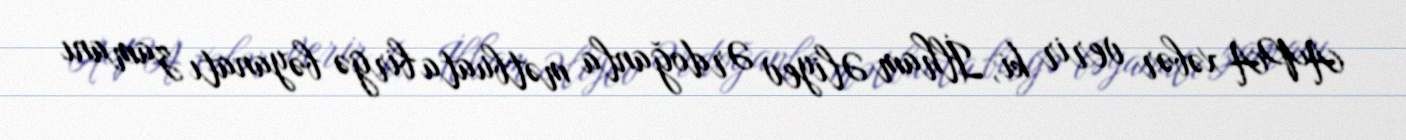
APA xəbər verir ki, İlham Əliyev Ərdoğanla mətbuata birgə bəyanatı zamanı